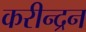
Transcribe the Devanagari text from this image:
करीन्द्रन